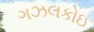
ગઝલકોઇ